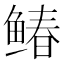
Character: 䲠